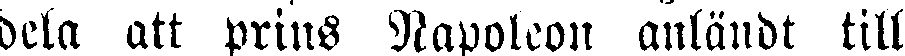
dela att prins Napoleon anländt till